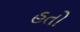
હતો